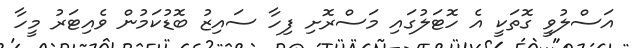
އަސްލުވީ ގޮތަކީ އެ ހޮޓަލުގައި މަސްރޮށި ފިހާ ސައިޒު ބޮޑުކަމުން ވެއިޓަރު މީހާ